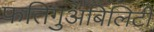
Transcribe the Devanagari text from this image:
फतिगुअबिलिटी